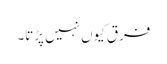
فرق کیوں نہیں پڑتا۔